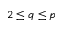
2 \leq q \leq p